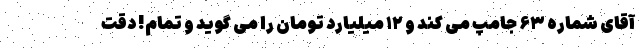
آقای شماره ۶۳ جامپ می کند و ۱۲ میلیارد تومان را می گوید و تمام! دقت